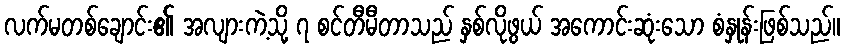
လက်မတစ်ချောင်း၏ အလျားကဲ့သို့ ၇ စင်တီမီတာသည် နှစ်လိုဖွယ် အကောင်းဆုံးသော စံနှုန်းဖြစ်သည်။